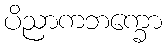
ပိညာကဘက္ခော